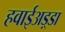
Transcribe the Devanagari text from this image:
हवाईअड़्डा